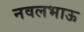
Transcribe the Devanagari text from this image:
नवलभाऊ